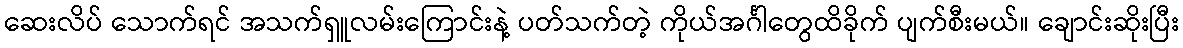
ဆေးလိပ် သောက်ရင် အသက်ရှူလမ်းကြောင်းနဲ့ ပတ်သက်တဲ့ ကိုယ်အင်္ဂါတွေထိခိုက် ပျက်စီးမယ်။ ချောင်းဆိုးပြီး